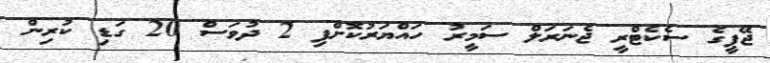
ޖޭޕީގެ ސެކެޓްރީ ޖެނަރަލް ސަމީރު ހައްޔަރުކޮށްފި 2 ދުވަސް 20 ގަޑި ކުރިން